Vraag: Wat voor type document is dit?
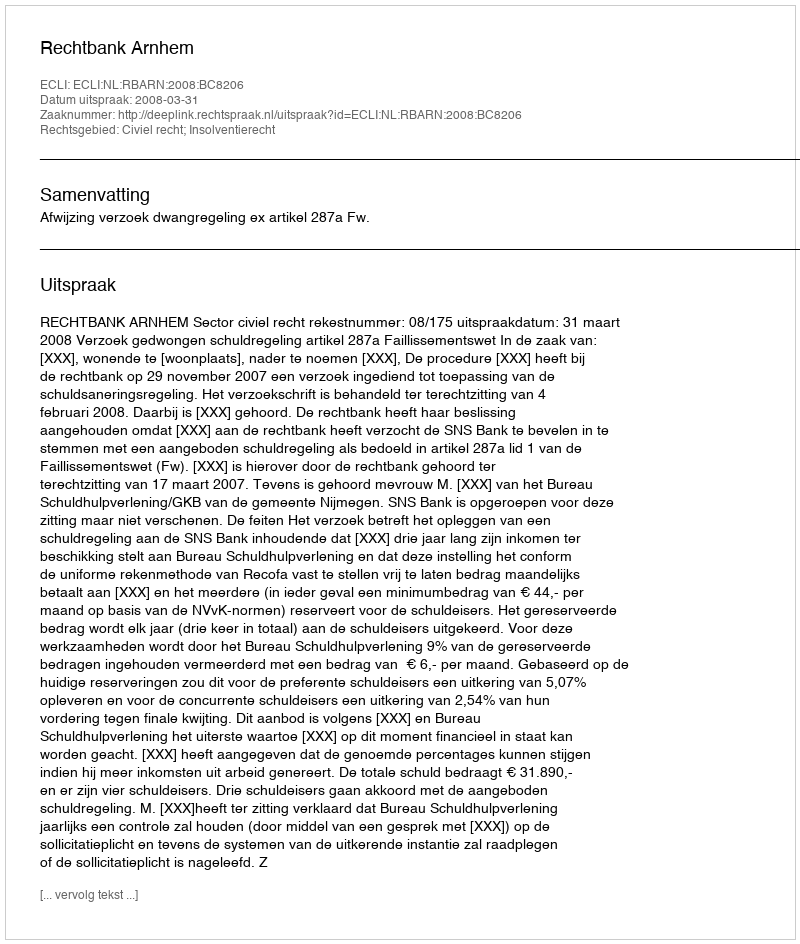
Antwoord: Uitspraak